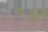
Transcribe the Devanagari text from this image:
॰अन